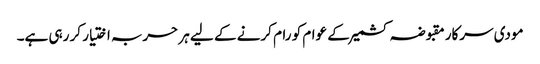
مودی سرکار مقبوضہ کشمیر کے عوام کو رام کرنے کے لیے ہر حربہ اختیار کر رہی ہے۔